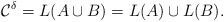
LaTeX: \begin{align*} \mathcal{C}^{\delta} = L(A\cup B) = L(A) \cup L(B).\end{align*}